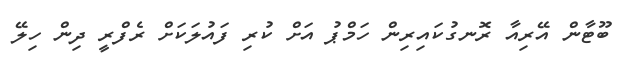
ބޫޓާން އޭރިއާ ރޮނގުކައިރިން ހަމްޕު އަށް ކުރި ފައުލަކަށް ރެފްރީ ދިން ހިލޭ